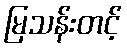
မြသန်းတင့်